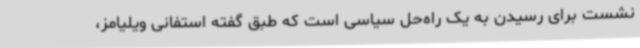
نشست برای رسیدن به یک راه‌حل سیاسی است که طبق گفته استفانی ویلیامز،